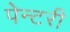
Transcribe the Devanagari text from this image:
पेन्टरी